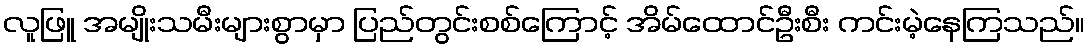
လူဖြူ အမျိုးသမီးများစွာမှာ ပြည်တွင်းစစ်ကြောင့် အိမ်ထောင်ဦးစီး ကင်းမဲ့နေကြသည်။